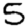
Digit: 5